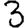
Digit: 3